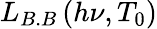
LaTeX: L_{B.B}\left(h\nu,T_{0}\right)